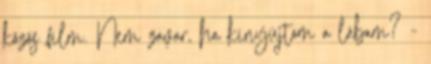
közös film. Nem zavar, ha kinyújtom a lábam? -